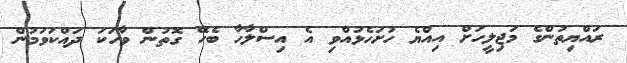
ރައްޔިތުންގެ މަޖިލީހަށް އިއްޔެ ހުށަހެޅުއްވި އެ އިސްލާހާ ބެހޭ ގޮތުން ވާހަކަ ދައްކަވަމުން